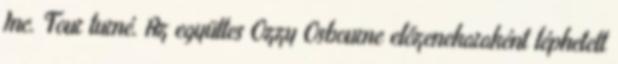
Inc. Tour turné. Az együttes Ozzy Osbourne előzenekaraként léphetett